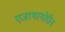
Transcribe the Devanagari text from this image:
एजाथायोप्रीन